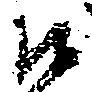
候